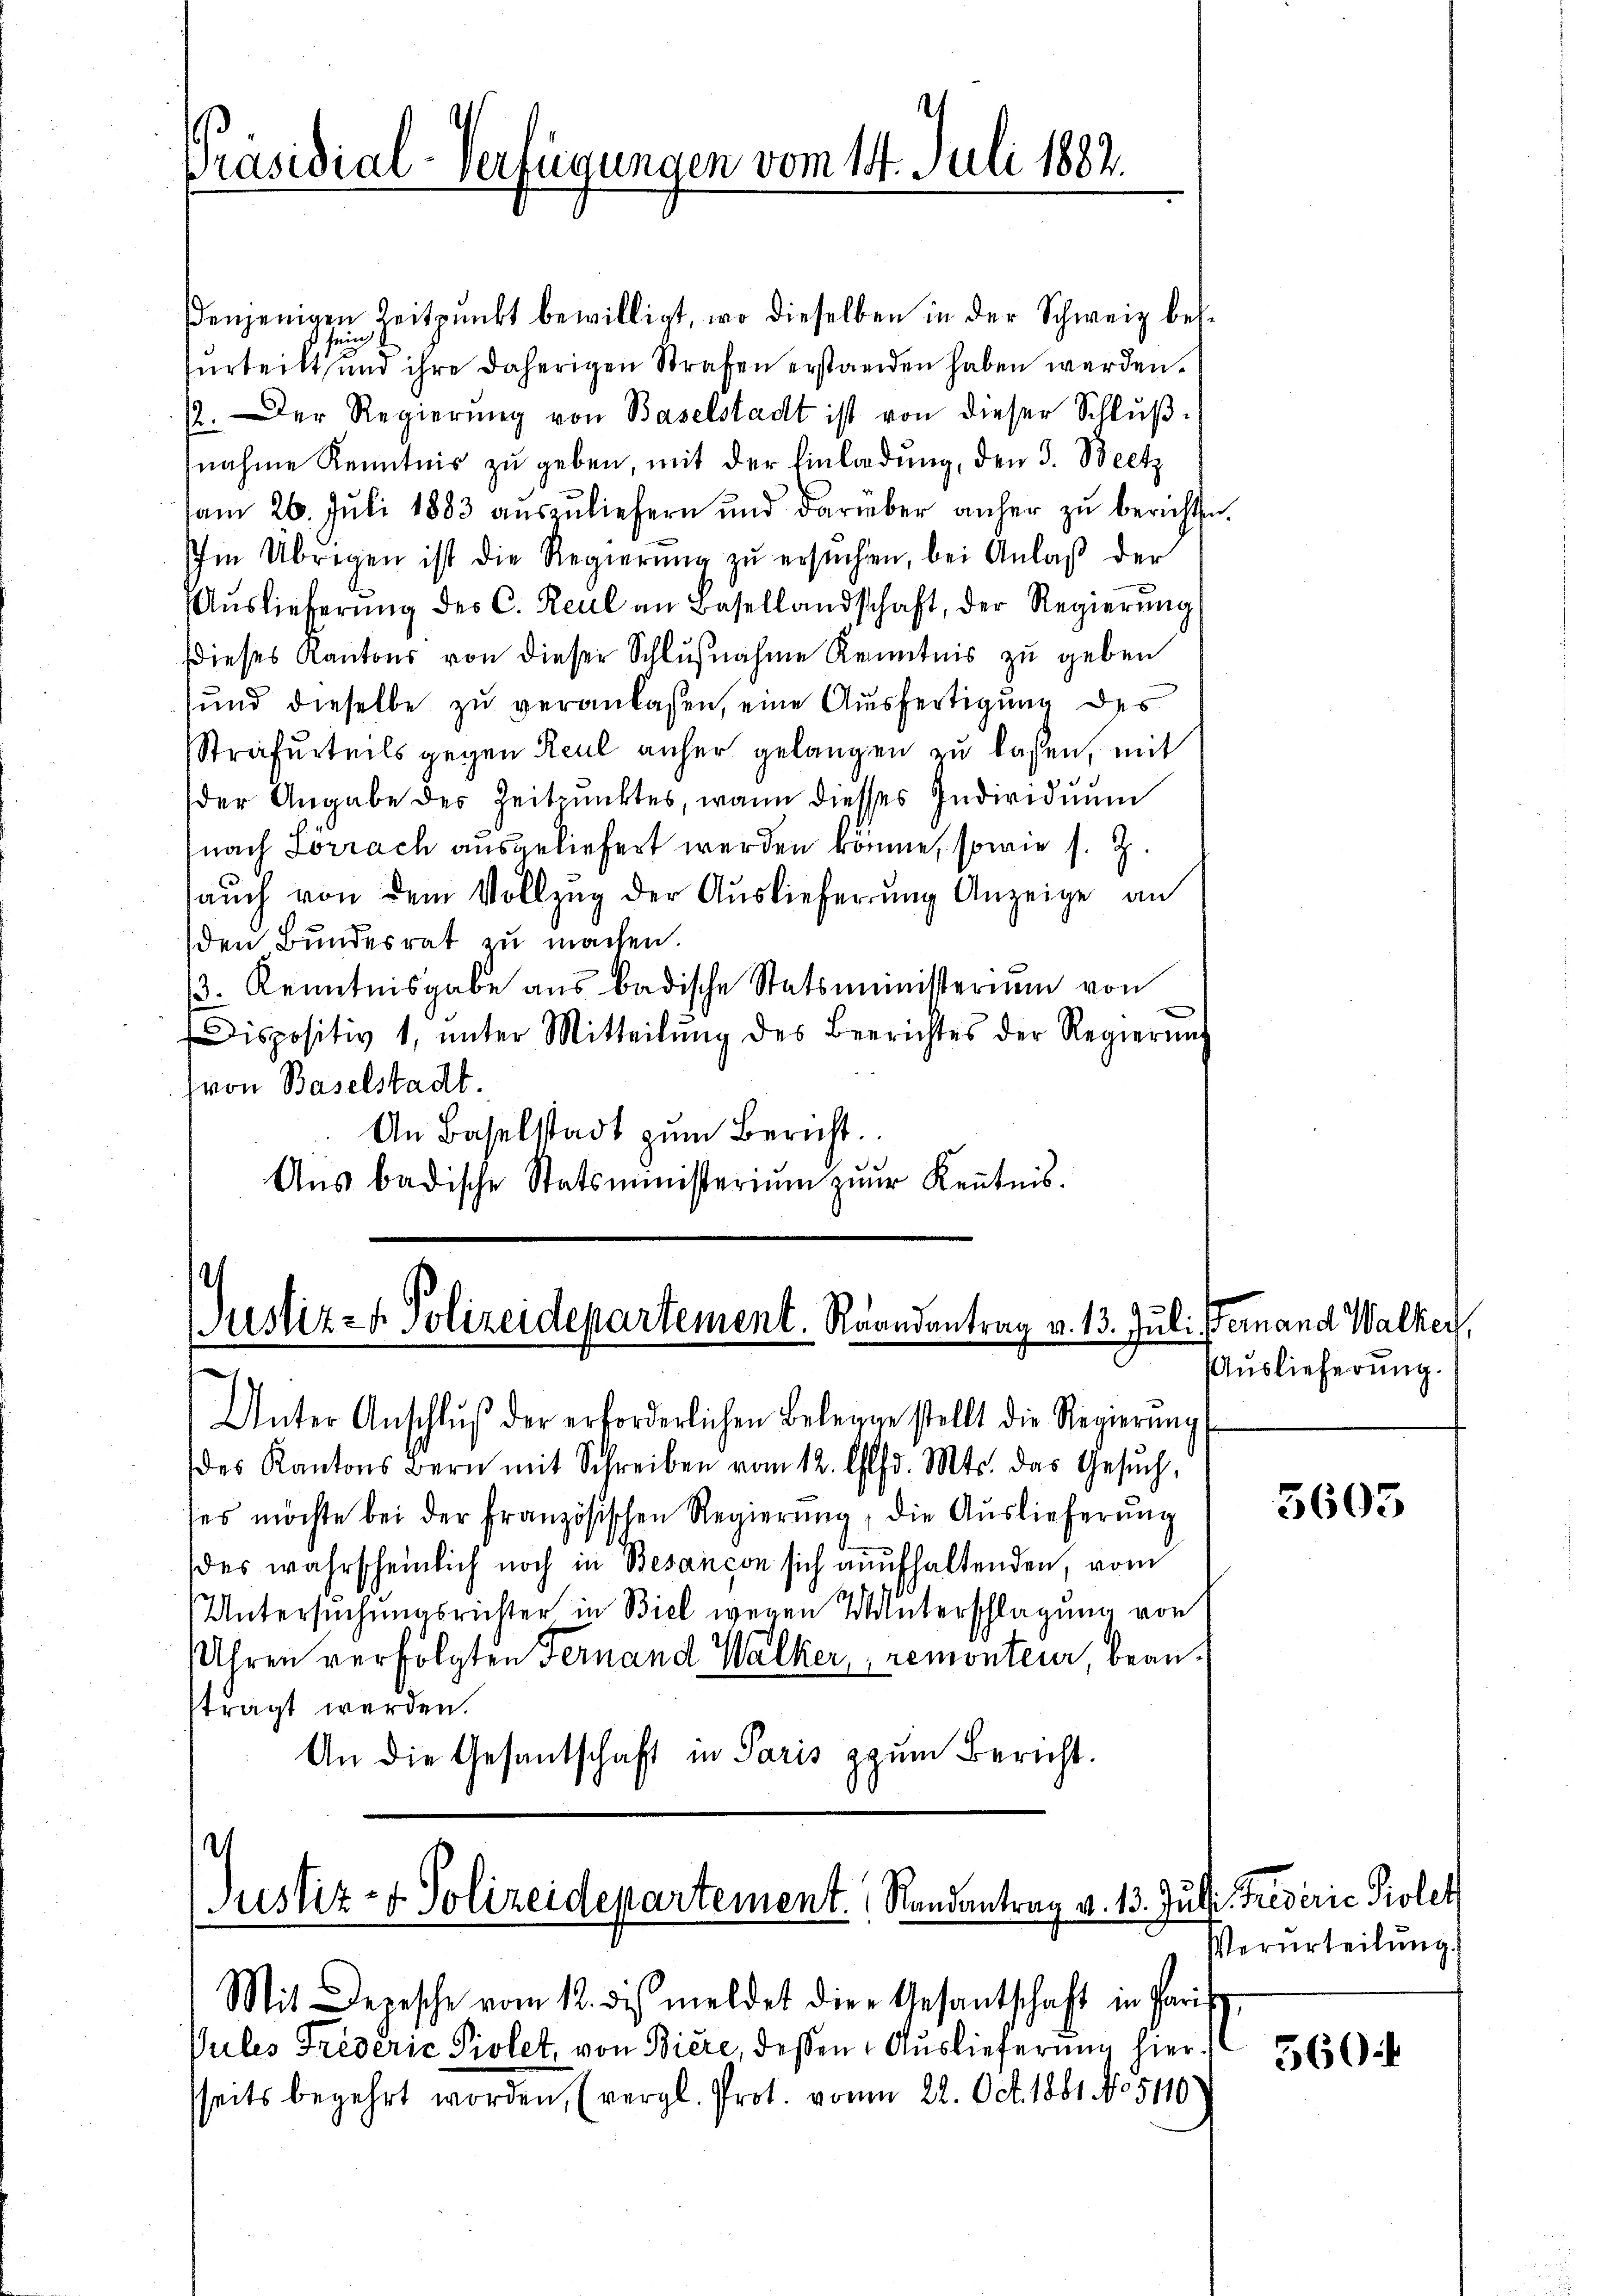
Präsidial-Verfügungen vom 14. Juli 1882.

enjenigen Zeitpunkt bewilligt, wo dieselben in der Schweiz beh-
surteilt und ihre daherigen Strafen erstanden haben werden.
1. Der Regierŭng von Baselstadt ist von dieser Schlŭβ-
nahme Kenntnis zu geben, mit der Einladung, den 3. Beetz
am 26. Juli 1883 auszuliefern und darüber anher zu berichten.
Im Übrigen ist die Regierŭng zŭ ersŭchen, bei Anlaβ der
Aŭslieferŭng des C. Reul an Basellandschaft, der Regierŭng
Dieses Kantons von dieser Schlŭβnahme Kenntnis zu geben
und dieselbe zu veranlassen, eine Ausfertigung des
Strafurteils gegen Reul anher gelangen zu lassen, mit
der Angabe des Zeitpunktes, wann diesses Individuum
nach Sorrach ausgeliefert werden könne, sowie s. Z.
aŭch von dem Vollzug der Auslieferung Anzeige an
den Bundesrat zu machen.
/3. Kenntnisgabe aus badische Statsministerium von
Dispositiv 1, ŭnter Mitteilŭng des Beerichtes der Regierung
von Baselstadt.
An Baselstadt zum Bericht.
Aŭs badische Statsministerium zur Keṅtnis.

Justiz- & Polizeidepartement. Raandantrag v. 13. Juli ernand Walker,

Unter Anschlŭβ der erforderlichen Bekenne stellt die Regierŭng
des Kantons Bern mit Schreiben vom 12. Offd. Mts. das Gesŭch,
ses möchte bei der französischen Regierung, die Auslieferung
des wahrscheinlich noch in Besançon sich aufhaltenden, vom
Untersuchungsrichter in Biel wegen Unterschlagung von
Uhren verfolgten Fernand Walker, nemonteur beanftragt werden.
An die Gesandschaft in Paris zum Bericht.

.
Justiz- & Polizeidepartement. Randantrag v. 13. Juli Friderić Piolet
Mit Depesche vom 12. di meldet die Gesantschaft in Paris

Pules Triderić Piolet, von Biere, dessen Auslieferung hierseits begehrt worden, (vergl. Prot. vom 22. Oct. 1881 No 5110

Auslieferung.

3603

Verurteilung.

560